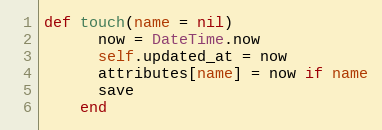
Language: Ruby
def touch(name = nil)
      now = DateTime.now
      self.updated_at = now
      attributes[name] = now if name
      save
    end